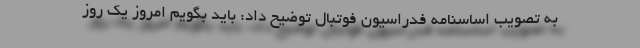
به تصویب اساسنامه فدراسیون فوتبال توضیح داد: باید بگویم امروز یک روز